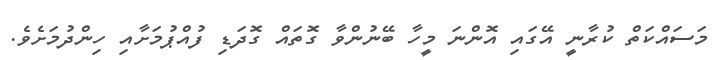
މަސައްކަތް ކުރާނީ އޭގައި އޮންނަ މީހާ ބޭނުންވާ ގޮތައް ގޮދަޑި ފުއްޕުމަށާއި ހިންދުމަށެވެ.